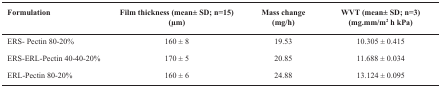
<table><thead><tr><td><b>Formulation</b></td><td><b>Film thickness (mean± SD; n=15) (μm)</b></td><td><b>Mass change (mg/h)</b></td><td><b>WVT (mean± SD; n=3) (mg.mm/m<sup>2</sup> h kPa)</b></td></tr></thead><tbody><tr><td>ERS- Pectin 80-20%</td><td>160±8</td><td>19.53</td><td>10.305±0.415</td></tr><tr><td>ERS-ERL-Pectin 40–40-20%</td><td>170±5</td><td>20.85</td><td>11.688±0.034</td></tr><tr><td>ERL-Pectin 80–20%</td><td>160±6</td><td>24.88</td><td>13.124±0.095</td></tr></tbody></table>